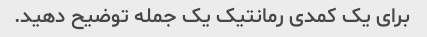
برای یک کمدی رمانتیک یک جمله توضیح دهید.